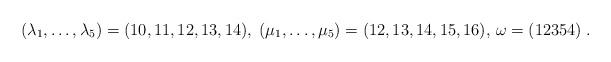
LaTeX: \begin{align*}(\lambda_1,\ldots, \lambda_5) = (10,11,12,13,14),\; (\mu_1,\ldots, \mu_5) = (12,13,14,15,16),\,\omega = (12354)\;.\end{align*}